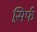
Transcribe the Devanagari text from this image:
स़िर्फ